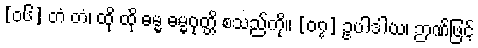
[၀၆] တံ တံ၊ ထို ထို ဓမ္မ ဓမ္မဝုတ္တိ စသည်ကို။ [၀၇] ဥပါဒါယ၊ ဉာဏ်ဖြင့်